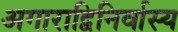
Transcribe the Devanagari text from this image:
अगाराद्विनिर्वास्य